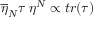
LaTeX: \overline { { { \eta } } } _ { N } \tau \: \eta ^ { N } \propto t r ( \tau )